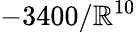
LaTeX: -3400/\mathbb{R}^{10}